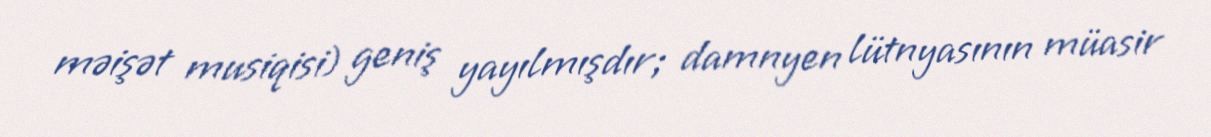
məişət musiqisi) geniş yayılmışdır; damnyen lütnyasının müasir